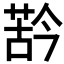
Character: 𱽳